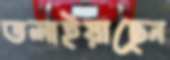
তলাইয়াছেন